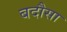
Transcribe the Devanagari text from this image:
बदौसा